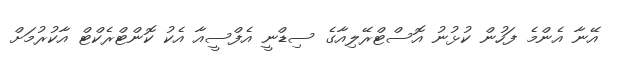
އޭނާ އެންމެ ފަހުން ކުޅުނު އޮސްޓްރޭލިއާގެ ސިޑްނީ އެފްސީއާ އެކު ކޮންޓްރެކްޓް އާކުރުމަށް